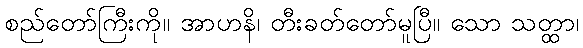
စည်တော်ကြီးကို။ အာဟနိ၊ တီးခတ်တော်မူပြီ။ သော သတ္ထာ၊